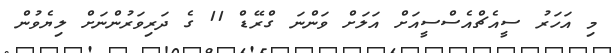
މި އަހަރު ސީއެޗްއެސްސީއަށް އަލަށް ވަންނަ ގްރޭޑް 11 ގެ ދަރިވަރުންނަށް ލިޔެވުން